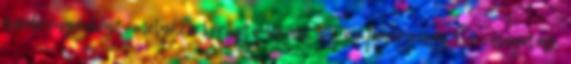
szekrényenként, melyhez kérhető V2-es, V4-es fehér vagy kék világítás.